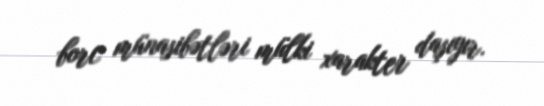
borc münasibətləri mülki xarakter daşıyır.